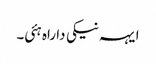
ایہہ نیکی دا راہ ہئی۔